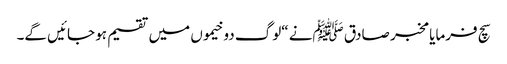
سچ فرمایا مخبر صادق ﷺنے “لوگ دو خیموں میں تقسیم ہو جائیں گے۔